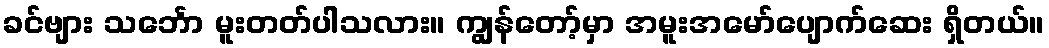
ခင်ဗျား သင်္ဘော မူးတတ်ပါသလား။ ကျွန်တော့်မှာ အမူးအမော်ပျောက်ဆေး ရှိတယ်။